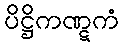
ပိဋ္ဌိကဏ္ဋကံ